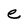
Character: e